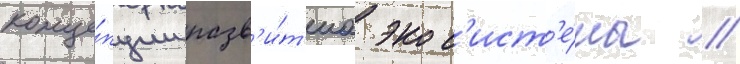
конце́пции разв'и́т'иа экос'ист'е́мы //